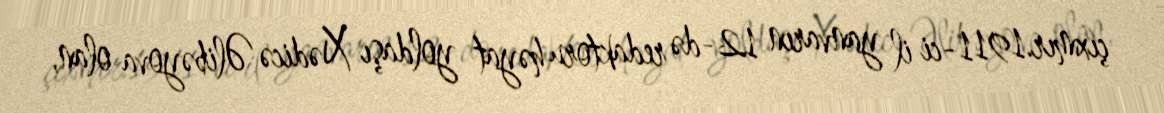
çıxmır.1911-ci il yanvarın 12-də redaktoru həyat yoldaşı Xədicə Əlibəyova olan,